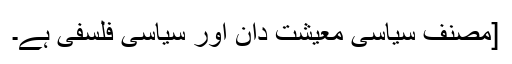
[مصنف سیاسی معیشت دان اور سیاسی فلسفی ہے۔